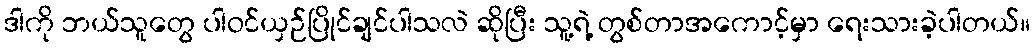
ဒါကို ဘယ်သူတွေ ပါဝင်ယှဉ်ပြိုင်ချင်ပါသလဲ ဆိုပြီး သူ့ရဲ့ တွစ်တာအကောင့်မှာ ရေးသားခဲ့ပါတယ်။